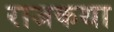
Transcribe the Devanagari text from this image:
राजकथा